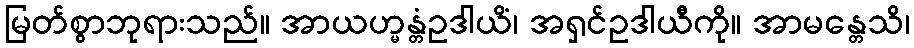
မြတ်စွာဘုရားသည်။ အာယဟ္မန္တံဥဒါယိံ၊ အရှင်ဥဒါယီကို။ အာမန္တေသိ၊